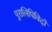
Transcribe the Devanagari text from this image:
पुरालिपिविदों